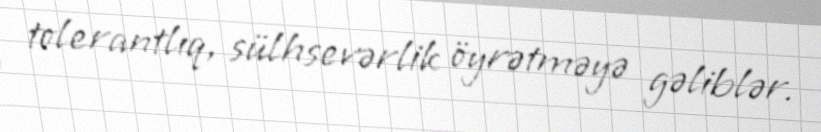
tolerantlıq, sülhsevərlik öyrətməyə gəliblər.